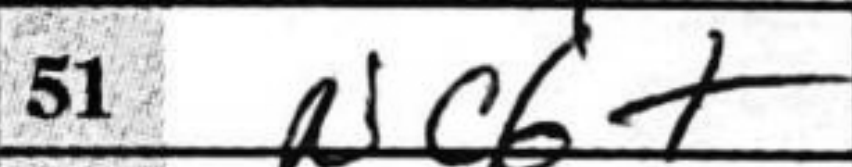
Transcription: Nc6+